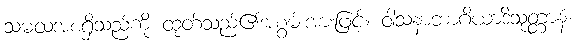
သမထအစရှိသည်ကို ထုတ်သည်၏အစွမ်းအားဖြင့်။ ဝါသနာဘာဂိယာဒိသုတ္တာနံ၊